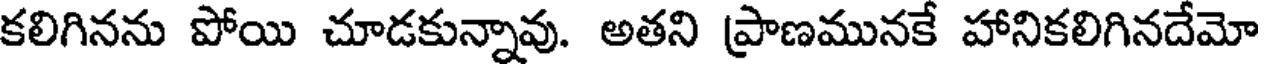
కలిగినను పోయి చూడకున్నావు. అతని ప్రాణమునకే హానికలిగినదేమో